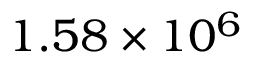
1 . 5 8 \times 1 0 ^ { 6 }